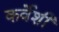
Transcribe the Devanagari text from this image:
कर्वेशी